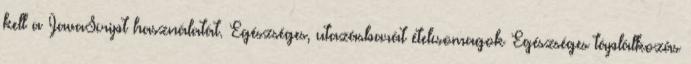
kell a JavaScript használatát. Egészséges, utazásbarát ételcsomagok Egészséges táplálkozás